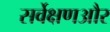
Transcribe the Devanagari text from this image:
सर्वेक्षणऔर